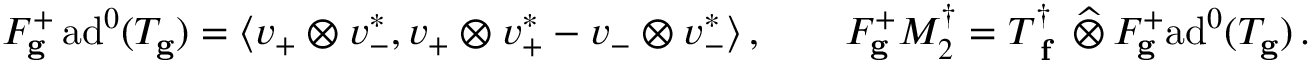
F _ { \mathbf { g } } ^ { + } \, \mathrm { a d } ^ { 0 } ( T _ { \mathbf { g } } ) = \langle v _ { + } \otimes v _ { - } ^ { * } , v _ { + } \otimes v _ { + } ^ { * } - v _ { - } \otimes v _ { - } ^ { * } \rangle \, , \qquad F _ { \mathbf { g } } ^ { + } M _ { 2 } ^ { \dagger } = T _ { \textup { \bf f } } ^ { \dagger } \, \widehat \otimes \, F _ { \mathbf { g } } ^ { + } \mathrm { a d } ^ { 0 } ( T _ { \mathbf { g } } ) \, .